Annual vaccination report of Bihar and Orissa - 1911-1928
Year: 1911
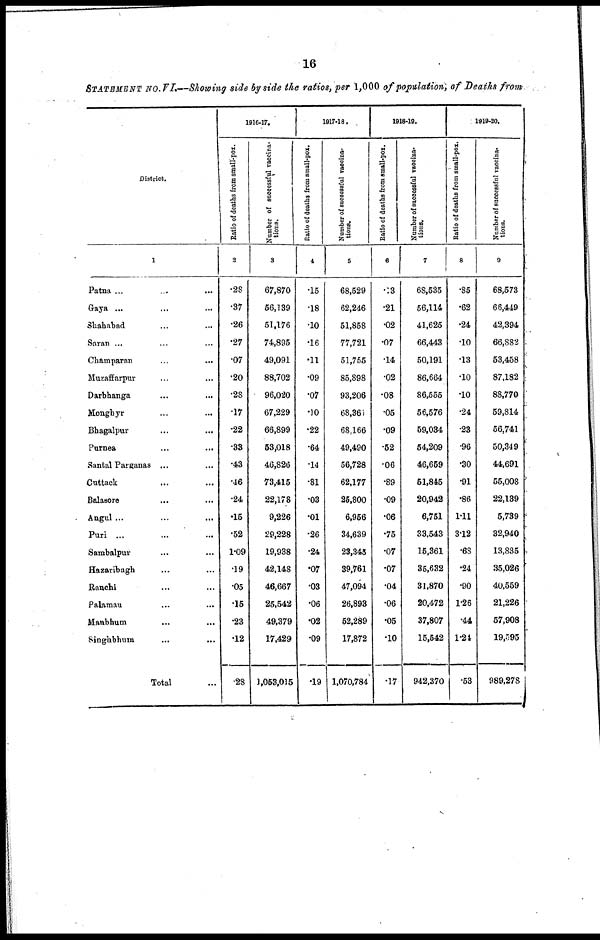
16
STATEMENT No. VI.—Showing side by side the ratios, per 1,000 of population; of Deaths from
District.
1
Patna
...
...
...
Gaya ... ... ...
Shahabad ... ... ... ...
Saran ... ... ...
Champaran
...
...
...
Muzaffarpur... ... ...
Darbhanga
...
...
...
Monghyr... ... ...
Bhagalpur... ...
Purnea...
...
Santal Parganas...
Cuttack... ...
Balasore... ...
Angul ...
Puri... ...
Sambalpur... ...
Hazaribagh... ...
Ranchi... ...
Palamau... ...
Manbhum... ...
Singhbhum... ...
Total...
1916-17.
Ratio of deaths from small-pox.
2
.28
.37
.26
.27
.07
.20
.28
.17
.22
.33
.43
.46
.24
.15
.52
1.09
.19
.05
.15
.23
.12
.28
Number of successful vaccina-
tions.
3
67,870
56,139
51,176
74,895
49,091
88,702
96,020
67,229
66,899
53,018
46,826
73,415
22,178
9,226
29,228
19,938
42,148
46,667
25,542
49,379
17,429
1,053,015
1917-18.
Ratio of deaths from small-pox.
4
.15
.18
.10
.16
.11
.09
.07
.10
.22
.64
.14
.81
.03
.01
.26
.24
.07
.03
.06
.02
.09
.19
Number of successful vaccina-
tions.
5
68,529
62,246
51,858
77,721
51,755
85,898
93,206
68,361
68,166
49,490
56,728
62,177
25,800
6,956
34,639
23,345
39,761
47,094
26,893
52,289
17,872
1,070,784
1918-19.
Ratio of deaths from small-pox.
6
.13
.21
.02
.07
.14
.02
.08
.05
.09
.52
.06
.89
.09
.06
.75
.07
.07
.04
.06
.05
.10
.17
Number of successful vaccina-
tions.
7
68,535
56,114
41,625
66,443
50,191
86,664
86,555
56,576
59,034
54,209
46,659
51,845
20,942
6,751
33,543
15,361
35,632
31,870
20,472
37,807
15,542
942,370
1919-20.
Ratio of deaths from small-pox.
8
.85
.62
.24
.10
.13
.10
.10
.24
.23
.96
.30
.91
.86
1.11
3.12
.68
.24
.90
1.26
.44
1.24
.53
Number of successful vaccina-
tions.
9
68,573
66,449
42,394
66,882
53,458
87,182
88,770
59,814
56,741
50,349
44,691
55,008
22,139
5,739
32,940
13,835
35,026
40,559
21,226
57,908
19,595
989,278